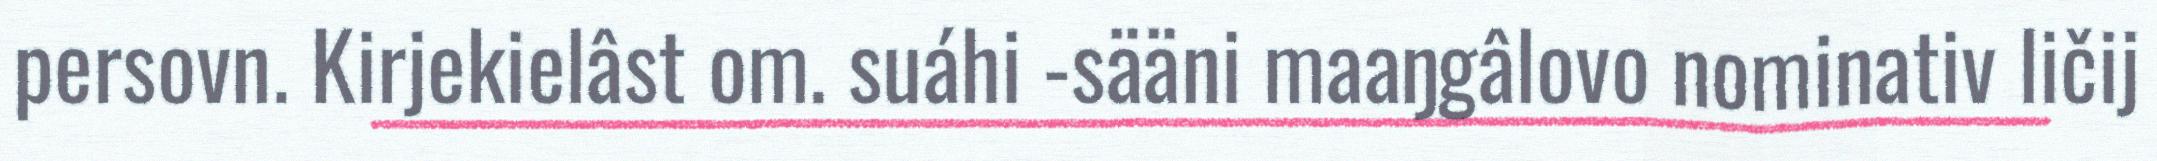
persovn. Kirjekielâst om. suáhi -sääni maaŋgâlovo nominativ ličij